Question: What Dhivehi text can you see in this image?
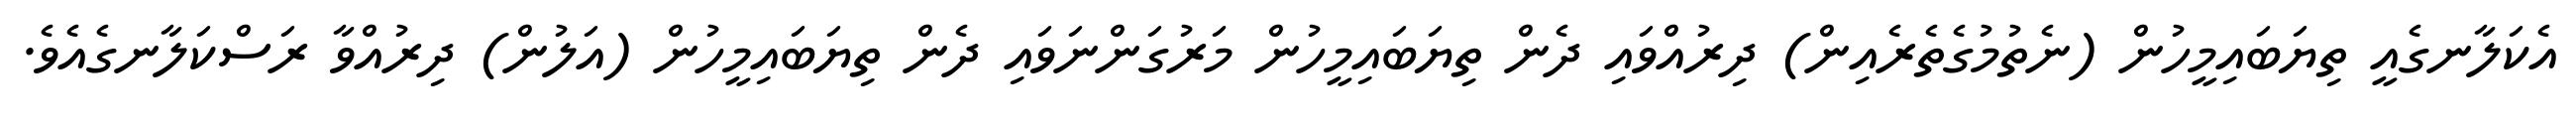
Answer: އެކަލާނގެއީ ތިޔަބައިމީހުން (ނެތުމުގެތެރެއިން) ދިރުއްވައި ދެން ތިޔަބައިމީހުން މަރުގަންނަވައި ދެން ތިޔަބައިމީހުން (އަލުން) ދިރުއްވާ ރަސްކަލާނގެއެވެ.